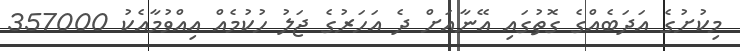
މިކުށުގެ އަދަބެއްގެ ގޮތުގައި އޭނާއަށް ދެ އަހަރުގެ ޖަލު ހުކުމެއް އިއްވުމާއެކު 357000